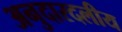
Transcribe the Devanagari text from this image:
अनुदारदलीय